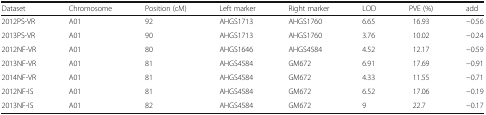
<table><thead><tr><td><b>Dataset</b></td><td><b>Chromosome</b></td><td><b>Position (cM)</b></td><td><b>Left marker</b></td><td><b>Right marker</b></td><td><b>LOD</b></td><td><b>PVE (%)</b></td><td><b>add</b></td></tr></thead><tbody><tr><td>2012PS-VR</td><td>A01</td><td>92</td><td>AHGS1713</td><td>AHGS1760</td><td>6.65</td><td>16.93</td><td>−0.56</td></tr><tr><td>2013PS-VR</td><td>A01</td><td>90</td><td>AHGS1713</td><td>AHGS1760</td><td>3.76</td><td>10.02</td><td>−0.24</td></tr><tr><td>2012NF-VR</td><td>A01</td><td>80</td><td>AHGS1646</td><td>AHGS4584</td><td>4.52</td><td>12.17</td><td>−0.59</td></tr><tr><td>2013NF-VR</td><td>A01</td><td>81</td><td>AHGS4584</td><td>GM672</td><td>6.91</td><td>17.69</td><td>−0.91</td></tr><tr><td>2014NF-VR</td><td>A01</td><td>81</td><td>AHGS4584</td><td>GM672</td><td>4.33</td><td>11.55</td><td>−0.71</td></tr><tr><td>2012NF-IS</td><td>A01</td><td>81</td><td>AHGS4584</td><td>GM672</td><td>6.52</td><td>17.06</td><td>−0.19</td></tr><tr><td>2013NF-IS</td><td>A01</td><td>82</td><td>AHGS4584</td><td>GM672</td><td>9</td><td>22.7</td><td>−0.17</td></tr></tbody></table>